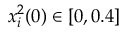
x _ { i } ^ { 2 } ( 0 ) \in [ 0 , 0 . 4 ]